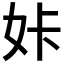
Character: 𡛨